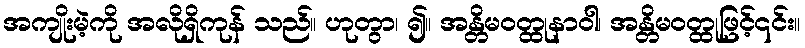
အကျိုးမဲ့ကို အလိုရှိကုန် သည်။ ဟုတွာ၊ ၍။ အန္တိမဝတ္ထုနာဝါ၊ အန္တိမဝတ္ထုဖြင့်၎င်း။